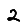
Digit: 2